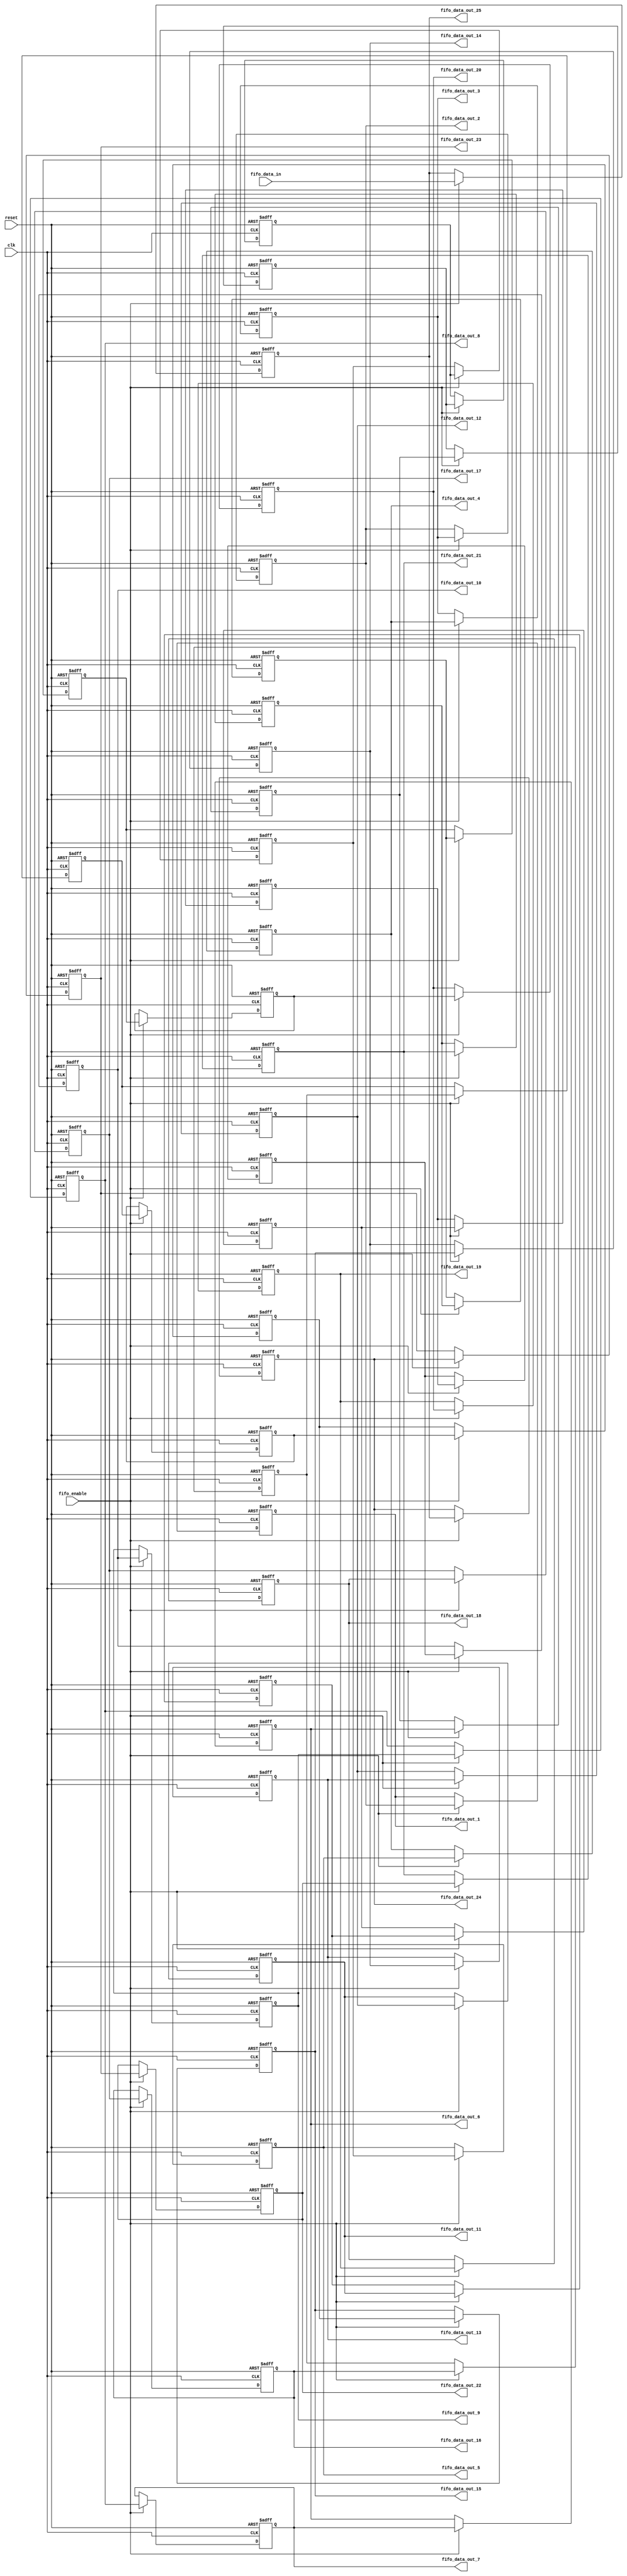
`timescale 1ns / 1ps


module 
 FIFO_25_1_41 #(parameter
///////////advanced parameters//////////
	DATA_WIDTH 					= 32,
///////////architecture parameters//////
	IFM_SIZE 					= 9,
	KERNAL_SIZE 				= 5,
///////////generated parameters/////////
	FIFO_SIZE               	= (KERNAL_SIZE-1)*IFM_SIZE + KERNAL_SIZE            

	)(
	input clk,
	input reset,
	input fifo_enable,
	input [DATA_WIDTH-1:0] fifo_data_in,
	output [DATA_WIDTH-1:0] fifo_data_out_1,
	output [DATA_WIDTH-1:0] fifo_data_out_2,
	output [DATA_WIDTH-1:0] fifo_data_out_3,
	output [DATA_WIDTH-1:0] fifo_data_out_4,
	output [DATA_WIDTH-1:0] fifo_data_out_5,
	output [DATA_WIDTH-1:0] fifo_data_out_6,
	output [DATA_WIDTH-1:0] fifo_data_out_7,
	output [DATA_WIDTH-1:0] fifo_data_out_8,
	output [DATA_WIDTH-1:0] fifo_data_out_9,
	output [DATA_WIDTH-1:0] fifo_data_out_10,
	output [DATA_WIDTH-1:0] fifo_data_out_11,
	output [DATA_WIDTH-1:0] fifo_data_out_12,
	output [DATA_WIDTH-1:0] fifo_data_out_13,
	output [DATA_WIDTH-1:0] fifo_data_out_14,
	output [DATA_WIDTH-1:0] fifo_data_out_15,
	output [DATA_WIDTH-1:0] fifo_data_out_16,
	output [DATA_WIDTH-1:0] fifo_data_out_17,
	output [DATA_WIDTH-1:0] fifo_data_out_18,
	output [DATA_WIDTH-1:0] fifo_data_out_19,
	output [DATA_WIDTH-1:0] fifo_data_out_20,
	output [DATA_WIDTH-1:0] fifo_data_out_21,
	output [DATA_WIDTH-1:0] fifo_data_out_22,
	output [DATA_WIDTH-1:0] fifo_data_out_23,
	output [DATA_WIDTH-1:0] fifo_data_out_24,
	output [DATA_WIDTH-1:0] fifo_data_out_25
	);
	reg	[DATA_WIDTH-1:0] FIFO  [FIFO_SIZE-1:0] ;
	always @ (posedge clk or posedge reset)
    begin
        if(reset)
		begin
			FIFO[0] <= {DATA_WIDTH{1'b0}};
			FIFO[1] <= {DATA_WIDTH{1'b0}};
			FIFO[2] <= {DATA_WIDTH{1'b0}};
			FIFO[3] <= {DATA_WIDTH{1'b0}};
			FIFO[4] <= {DATA_WIDTH{1'b0}};
			FIFO[5] <= {DATA_WIDTH{1'b0}};
			FIFO[6] <= {DATA_WIDTH{1'b0}};
			FIFO[7] <= {DATA_WIDTH{1'b0}};
			FIFO[8] <= {DATA_WIDTH{1'b0}};
			FIFO[9] <= {DATA_WIDTH{1'b0}};
			FIFO[10] <= {DATA_WIDTH{1'b0}};
			FIFO[11] <= {DATA_WIDTH{1'b0}};
			FIFO[12] <= {DATA_WIDTH{1'b0}};
			FIFO[13] <= {DATA_WIDTH{1'b0}};
			FIFO[14] <= {DATA_WIDTH{1'b0}};
			FIFO[15] <= {DATA_WIDTH{1'b0}};
			FIFO[16] <= {DATA_WIDTH{1'b0}};
			FIFO[17] <= {DATA_WIDTH{1'b0}};
			FIFO[18] <= {DATA_WIDTH{1'b0}};
			FIFO[19] <= {DATA_WIDTH{1'b0}};
			FIFO[20] <= {DATA_WIDTH{1'b0}};
			FIFO[21] <= {DATA_WIDTH{1'b0}};
			FIFO[22] <= {DATA_WIDTH{1'b0}};
			FIFO[23] <= {DATA_WIDTH{1'b0}};
			FIFO[24] <= {DATA_WIDTH{1'b0}};
			FIFO[25] <= {DATA_WIDTH{1'b0}};
			FIFO[26] <= {DATA_WIDTH{1'b0}};
			FIFO[27] <= {DATA_WIDTH{1'b0}};
			FIFO[28] <= {DATA_WIDTH{1'b0}};
			FIFO[29] <= {DATA_WIDTH{1'b0}};
			FIFO[30] <= {DATA_WIDTH{1'b0}};
			FIFO[31] <= {DATA_WIDTH{1'b0}};
			FIFO[32] <= {DATA_WIDTH{1'b0}};
			FIFO[33] <= {DATA_WIDTH{1'b0}};
			FIFO[34] <= {DATA_WIDTH{1'b0}};
			FIFO[35] <= {DATA_WIDTH{1'b0}};
			FIFO[36] <= {DATA_WIDTH{1'b0}};
			FIFO[37] <= {DATA_WIDTH{1'b0}};
			FIFO[38] <= {DATA_WIDTH{1'b0}};
			FIFO[39] <= {DATA_WIDTH{1'b0}};
			FIFO[40] <= {DATA_WIDTH{1'b0}};
		end
		else if(fifo_enable)
		begin
			FIFO[0] <= fifo_data_in;
			FIFO[1] <= FIFO[0];
			FIFO[2] <= FIFO[1];
			FIFO[3] <= FIFO[2];
			FIFO[4] <= FIFO[3];
			FIFO[5] <= FIFO[4];
			FIFO[6] <= FIFO[5];
			FIFO[7] <= FIFO[6];
			FIFO[8] <= FIFO[7];
			FIFO[9] <= FIFO[8];
			FIFO[10] <= FIFO[9];
			FIFO[11] <= FIFO[10];
			FIFO[12] <= FIFO[11];
			FIFO[13] <= FIFO[12];
			FIFO[14] <= FIFO[13];
			FIFO[15] <= FIFO[14];
			FIFO[16] <= FIFO[15];
			FIFO[17] <= FIFO[16];
			FIFO[18] <= FIFO[17];
			FIFO[19] <= FIFO[18];
			FIFO[20] <= FIFO[19];
			FIFO[21] <= FIFO[20];
			FIFO[22] <= FIFO[21];
			FIFO[23] <= FIFO[22];
			FIFO[24] <= FIFO[23];
			FIFO[25] <= FIFO[24];
			FIFO[26] <= FIFO[25];
			FIFO[27] <= FIFO[26];
			FIFO[28] <= FIFO[27];
			FIFO[29] <= FIFO[28];
			FIFO[30] <= FIFO[29];
			FIFO[31] <= FIFO[30];
			FIFO[32] <= FIFO[31];
			FIFO[33] <= FIFO[32];
			FIFO[34] <= FIFO[33];
			FIFO[35] <= FIFO[34];
			FIFO[36] <= FIFO[35];
			FIFO[37] <= FIFO[36];
			FIFO[38] <= FIFO[37];
			FIFO[39] <= FIFO[38];
			FIFO[40] <= FIFO[39];
		end
	end

	assign    fifo_data_out_1 = FIFO[(KERNAL_SIZE-1)*IFM_SIZE+(KERNAL_SIZE-1)];
	assign    fifo_data_out_2 = FIFO[(KERNAL_SIZE-1)*IFM_SIZE+(KERNAL_SIZE-2)];
	assign    fifo_data_out_3 = FIFO[(KERNAL_SIZE-1)*IFM_SIZE+(KERNAL_SIZE-3)];
	assign    fifo_data_out_4 = FIFO[(KERNAL_SIZE-1)*IFM_SIZE+(KERNAL_SIZE-4)];
	assign    fifo_data_out_5 = FIFO[(KERNAL_SIZE-1)*IFM_SIZE+(KERNAL_SIZE-5)];
	
	assign    fifo_data_out_6 = FIFO[(KERNAL_SIZE-2)*IFM_SIZE+(KERNAL_SIZE-1)];
	assign    fifo_data_out_7 = FIFO[(KERNAL_SIZE-2)*IFM_SIZE+(KERNAL_SIZE-2)];
	assign    fifo_data_out_8 = FIFO[(KERNAL_SIZE-2)*IFM_SIZE+(KERNAL_SIZE-3)];
	assign    fifo_data_out_9 = FIFO[(KERNAL_SIZE-2)*IFM_SIZE+(KERNAL_SIZE-4)];
	assign    fifo_data_out_10 = FIFO[(KERNAL_SIZE-2)*IFM_SIZE+(KERNAL_SIZE-5)];
	
	assign    fifo_data_out_11 = FIFO[(KERNAL_SIZE-3)*IFM_SIZE+(KERNAL_SIZE-1)];
	assign    fifo_data_out_12 = FIFO[(KERNAL_SIZE-3)*IFM_SIZE+(KERNAL_SIZE-2)];
	assign    fifo_data_out_13 = FIFO[(KERNAL_SIZE-3)*IFM_SIZE+(KERNAL_SIZE-3)];
	assign    fifo_data_out_14 = FIFO[(KERNAL_SIZE-3)*IFM_SIZE+(KERNAL_SIZE-4)];
	assign    fifo_data_out_15 = FIFO[(KERNAL_SIZE-3)*IFM_SIZE+(KERNAL_SIZE-5)];
	
	assign    fifo_data_out_16 = FIFO[(KERNAL_SIZE-4)*IFM_SIZE+(KERNAL_SIZE-1)];
	assign    fifo_data_out_17 = FIFO[(KERNAL_SIZE-4)*IFM_SIZE+(KERNAL_SIZE-2)];
	assign    fifo_data_out_18 = FIFO[(KERNAL_SIZE-4)*IFM_SIZE+(KERNAL_SIZE-3)];
	assign    fifo_data_out_19 = FIFO[(KERNAL_SIZE-4)*IFM_SIZE+(KERNAL_SIZE-4)];
	assign    fifo_data_out_20 = FIFO[(KERNAL_SIZE-4)*IFM_SIZE+(KERNAL_SIZE-5)];
	
	assign    fifo_data_out_21 = FIFO[(KERNAL_SIZE-5)*IFM_SIZE+(KERNAL_SIZE-1)];
	assign    fifo_data_out_22 = FIFO[(KERNAL_SIZE-5)*IFM_SIZE+(KERNAL_SIZE-2)];
	assign    fifo_data_out_23 = FIFO[(KERNAL_SIZE-5)*IFM_SIZE+(KERNAL_SIZE-3)];
	assign    fifo_data_out_24 = FIFO[(KERNAL_SIZE-5)*IFM_SIZE+(KERNAL_SIZE-4)];
	assign    fifo_data_out_25 = FIFO[(KERNAL_SIZE-5)*IFM_SIZE+(KERNAL_SIZE-5)];
	
endmodule